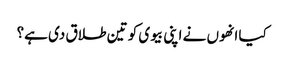
کیا انھوں نے اپنی بیوی کو تین طلاق دی ہے؟